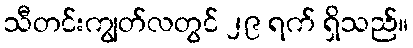
သီတင်းကျွတ်လတွင် ၂၉ ရက် ရှိသည်။